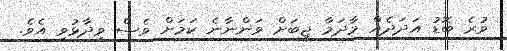
ވުރެ ބޮޑު އަދަދެއް މާދަމާ ޖީބަށް ވަންނާނެ ކަމަށް ވެސް ވިދާޅުވި އެވެ.